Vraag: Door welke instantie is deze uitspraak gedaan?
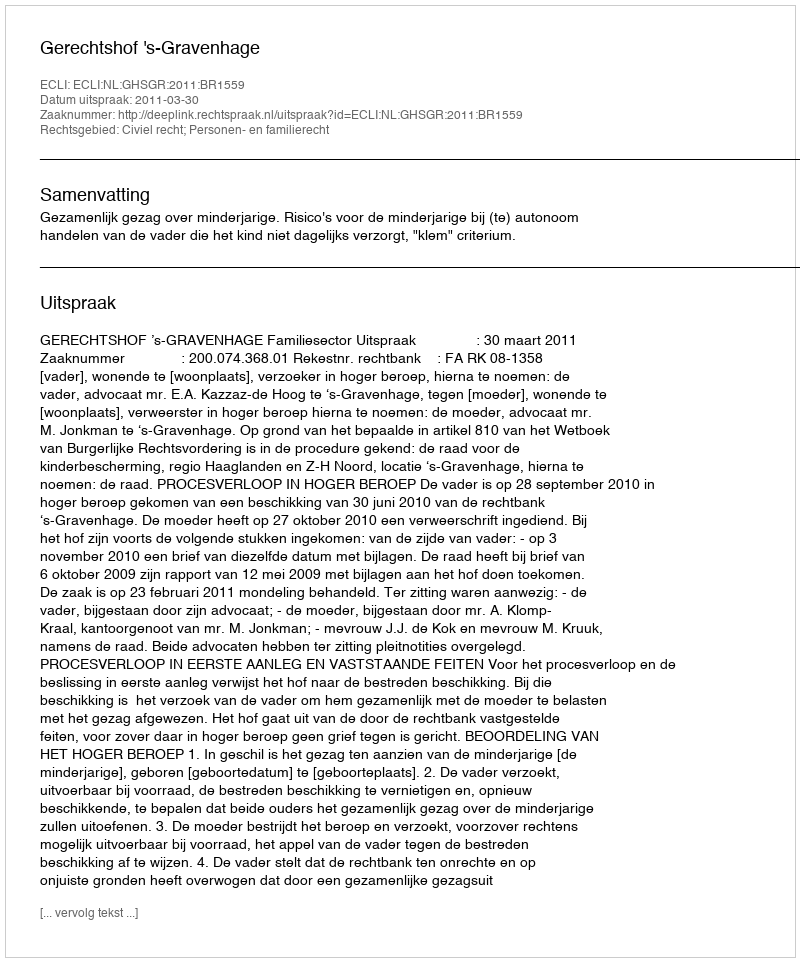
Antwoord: Gerechtshof 's-Gravenhage